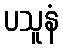
ပသူနံ